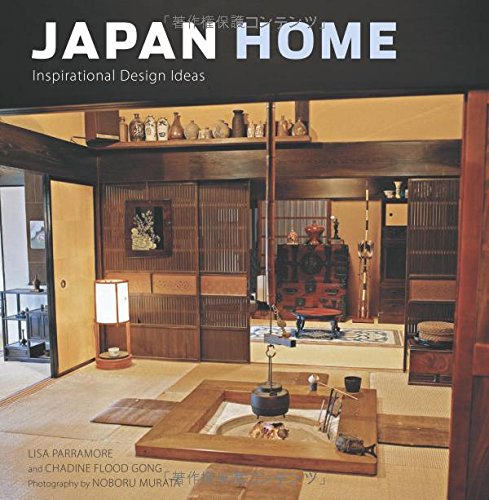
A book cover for Japan Home: Inspirational Design Ideas; Lisa Parramore; Arts & Photography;